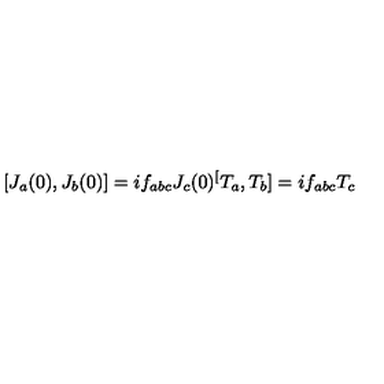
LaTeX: [ J _ { a } ( 0 ) , J _ { b } ( 0 ) ] = i f _ { a b c } J _ { c } ( 0 ) \sp [ T _ { a } , T _ { b } ] = i f _ { a b c } T _ { c }